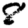
Digit: 8